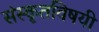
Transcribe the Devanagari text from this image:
संस्कृतविषयी